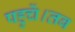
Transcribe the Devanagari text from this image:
पहुचें।तब